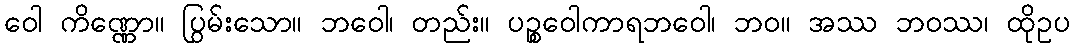
ဝေါ ကိဏ္ဏော။ ပြွမ်းသော။ ဘဝေါ၊ တည်း။ ပဉ္စဝေါကာရဘဝေါ၊ ဘဝ။ အဿ ဘဝဿ၊ ထိုဥပ